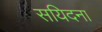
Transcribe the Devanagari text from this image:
सयिदना